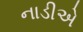
નાડીએ